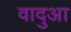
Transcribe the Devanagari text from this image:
वादुआ